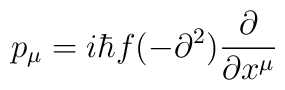
p_{\mu} = i \hbar f(-\partial^2) \frac{\partial}{\partial x ^{\mu}}